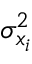
\sigma _ { x _ { i } } ^ { 2 }